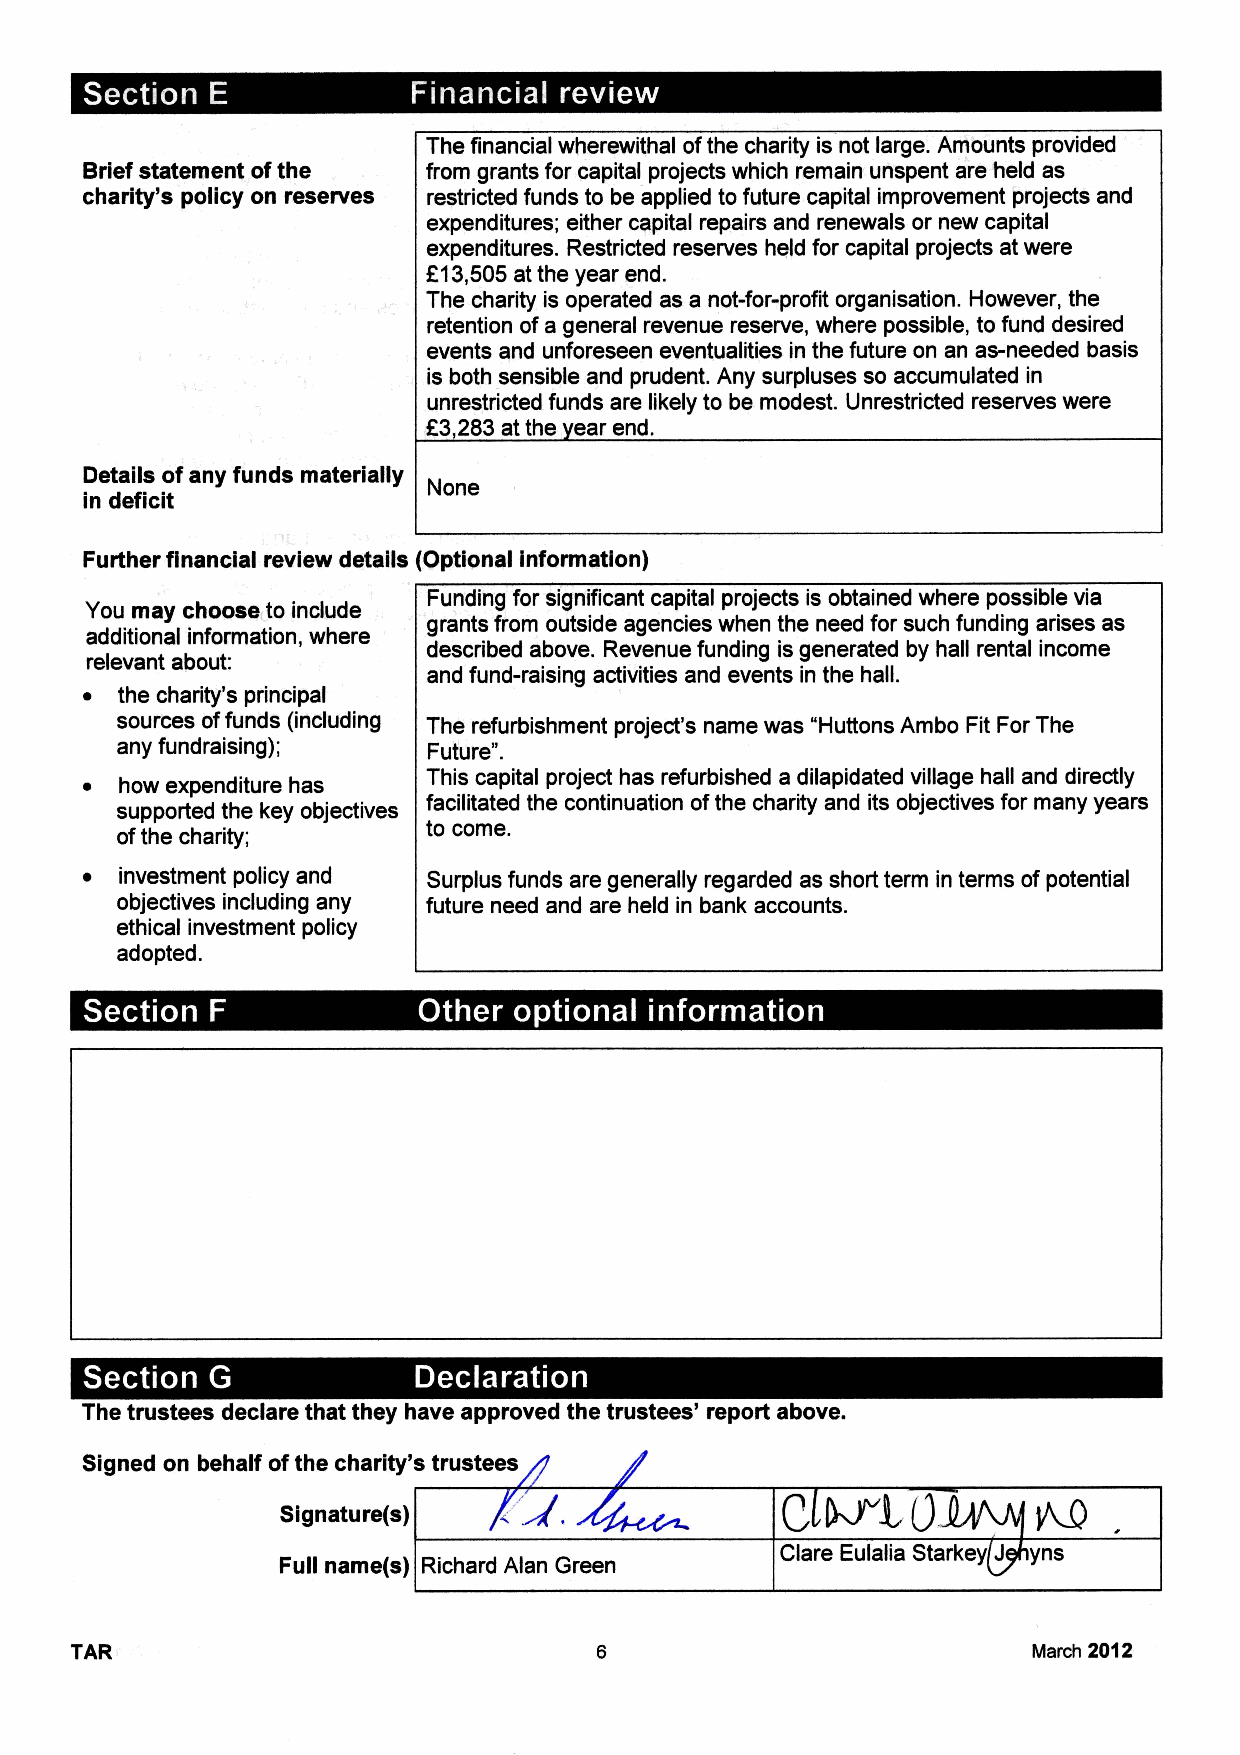
0
 The financial wherewithal ofthe charity is not large. Amounts provided
 Brief statement ofthe  from grants for capital projects which remain unspent are held as
 charity's policy on reserves restricted funds to be applied to future capital improvement projects and
 expenditures; either capital repairs and renewals or new capital
 expenditures. Restricted reserves held for capital projects at were
 813,505at the year end.
 The charity is operated as a not-for-profit organisation. However, the
 retention ofa general revenue reserve, where possible, to fund desired
 events and unforeseen eventualities in the future on an as-needed basis
 is both sensible and prudent. Any surpluses so accumulated in
 unrestricted funds are likely to be modest. Unrestricted reserves were
 R3,283at the ear end.
 Details ofany funds materially
 None
 in deficit
 Further financial review details (Optional information)
 Funding for significant capital projects is obtained where possible via
 You may choose to include
 grants from outside agencies when the need for such funding arises as
 additional information, where
 described above. Revenue funding is generated by hall rental income
 relevant about:
 and fund-raising activities and events in the hall.
 ~  the charity's principal
 sources offunds (including The refurbishment project's name was "Huttons Ambo Fit For The
 any fundraising);   Future".
 ~  how expenditure has This capital project has refurbished a dilapidated village hall and directly
 supported the key objectives facilitated the continuation ofthe charity and its objectives for many years
 to come.
 ofthe charity;
 ~  investment policy and Surplus funds are generally regarded as short term in terms ofpotential
 objectives including any future need and are held in bank accounts.
 ethical investment policy
 adopted.
 ~
 Q   ~                      ~ a ~       ~   e ~
 0   ~
 The trustees declare that they have approved the trustees' report above.
 Signed on behalf ofthe charity's trustees
 ~LQ
 Signature(s)                     C
 Clare Eulalia Starkey J yns
 Full name(s) Richard Alan Green
 TAR                                                            March 2012